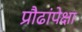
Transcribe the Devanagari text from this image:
प्रौढांपेक्षा